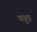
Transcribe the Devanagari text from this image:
पाहुड़